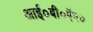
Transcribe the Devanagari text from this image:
आई०बी०ऍम०